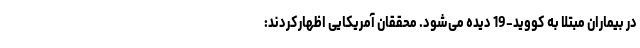
در بیماران مبتلا به کووید-19 دیده می‌شود. محققان آمریکایی اظهارکردند: